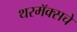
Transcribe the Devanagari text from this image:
थरमॅक्सचे